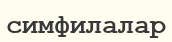
симфилалар